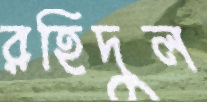
রহিদুল